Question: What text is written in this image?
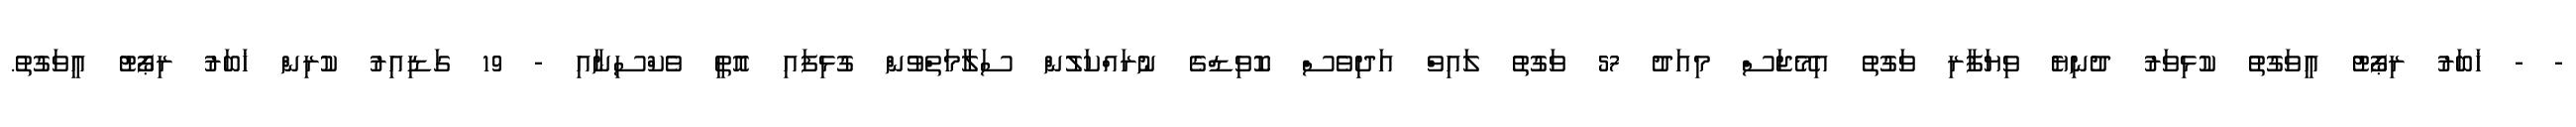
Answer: - - ޚަބަރު ރިޕޯޓު އީވަގުތު ކުޅިވަރު ދުނިޔެ ވިޔަފާރި ވަގުތު އިމޭޖަސް މިއަދު 57 ވަގުތު ލައިވް އަދިވެސް ކޮވިޑްގެ ނުރައްކަލުން ސަލާމަތްވުން ގުޅިފައި އޮތީ ވެކްސިނާއި - 19 ގަޑިއިރު ކުރިން ޚަބަރު ރިޕޯޓު އީވަގުތު.